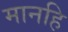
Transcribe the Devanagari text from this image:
मानहि